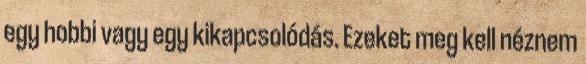
egy hobbi vagy egy kikapcsolódás. Ezeket meg kell néznem